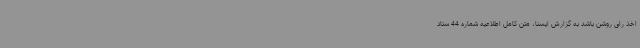
اخذ رای روشن باشد به گزارش ایسنا، متن کامل اطلاعیه شماره 44 ستاد